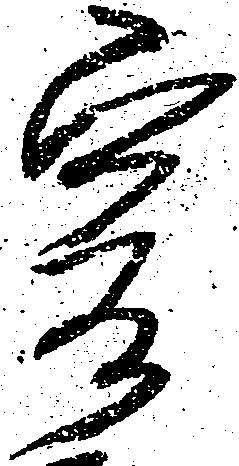
爰